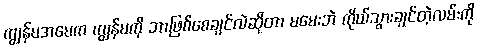
ကျွန်မအမေက ကျွန်မကို ဘာဖြစ်စေချင်လဲဆိုတာ မမေးဘဲ ကိုယ်သွားချင်တဲ့လမ်းကို